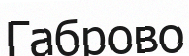
Габрово